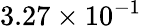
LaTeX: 3.27\times 10^{-1}